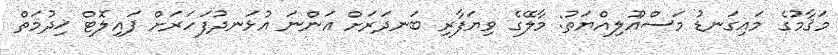
މަޤާމުގެ މައިގަނޑު މަސްއޫލިއްޔަތު: މާލޭގެ ވިޔަފާރި ބަނދަރަށް އަންނަ އުޅަނދުފަހަރަށް ޕައިލޮޓް ޚިދުމަތް